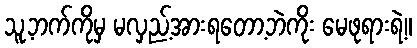
သူ့ဘက်ကိုမှ မလှည့်အားရတော့ဘဲကိုး မေဖုရားရဲ့။